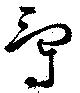
爵